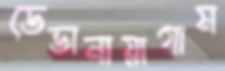
ডেভানায়াগাম